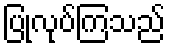
ပြုလုပ်ကြသည်